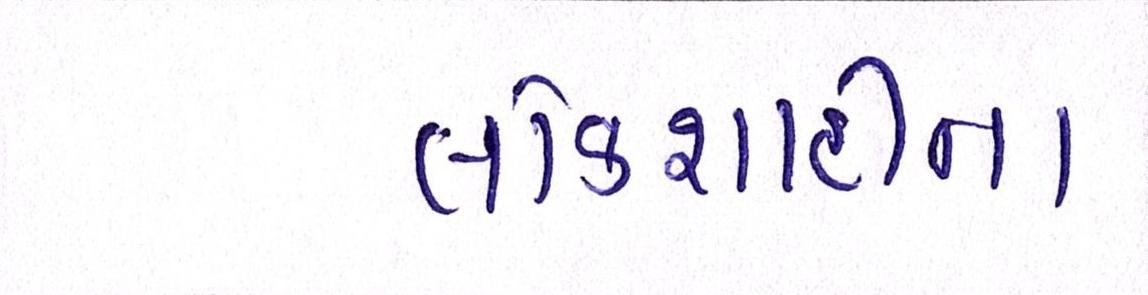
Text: લોકશાહીના